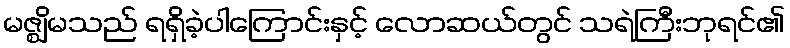
မဇ္ဈိမသည် ရရှိခဲ့ပါကြောင်းနှင့် လောဆယ်တွင် သရဲကြီးဘုရင်၏